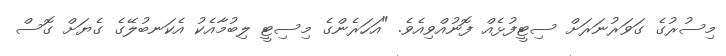
މިސުރުގެ ގަވަރުނަރަށް ސިޓީފުޅެއް ފޮނުއްވިއެވެ. "އަހަރެންގެ މިސިޓީ ލިބުމާއެކު އެކަނބުލޭގެ ގެޔަށް ގޮސް